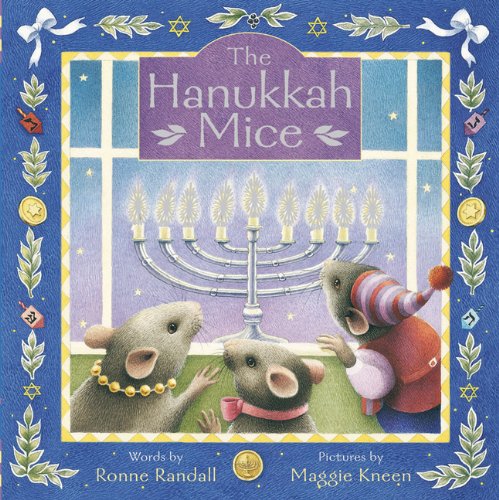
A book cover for The Hanukkah Mice mini edition; Ronne Randall; Children's Books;